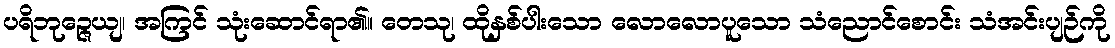
ပရိဘုဉ္ဇေယျ၊ အကြင် သုံးဆောင်ရာ၏။ တေသု၊ ထိုနှစ်ပါးသော လောလောပူသော သံညောင်စောင်း သံအင်းပျဉ်ကို